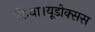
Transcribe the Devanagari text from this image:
किया।यूडोक्‍सस